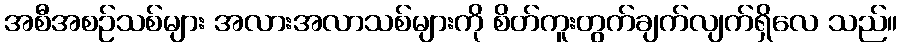
အစီအစဉ်သစ်များ အလားအလာသစ်များကို စိတ်ကူးတွက်ချက်လျက်ရှိလေ သည်။